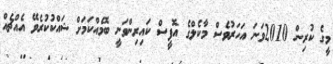
މީގެ ކުރިން 2010ވަނަ އަހަރުވެސް މާކެލްގެ އޮފީސް ކައިރިންވަނީ ބޮމެއްކަމަށް ޝައްކުކުރެވޭ އެއްޗެއް